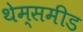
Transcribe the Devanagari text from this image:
थेम्समीड